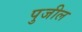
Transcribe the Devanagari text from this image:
पुजील